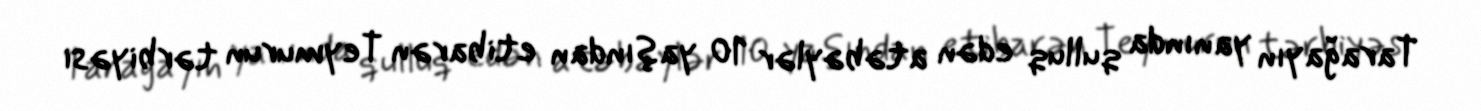
Tarağayın yanında qulluq edən atəbəylər 10 yaşından etibarən Teymurun tərbiyəsi